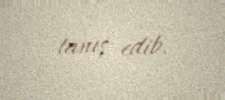
tanış edib.